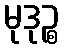
မုဒုဉ္စ